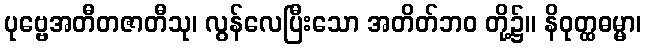
ပုဗ္ဗေအတီတဇာတီသု၊ လွန်လေပြီးသော အတိတ်ဘဝ တို့၌။ နိဝုတ္ထဓမ္မာ၊